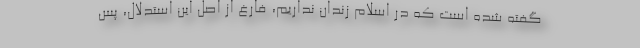
گفته شده است که در اسلام زندان نداریم، فارغ از اصل این استدلال، پس